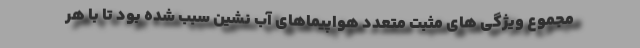
مجموع ویژگی های مثبت متعدد هواپیماهای آب نشین سبب شده بود تا با هر